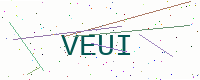
Text: VEUI